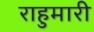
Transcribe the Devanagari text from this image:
राहुमारी